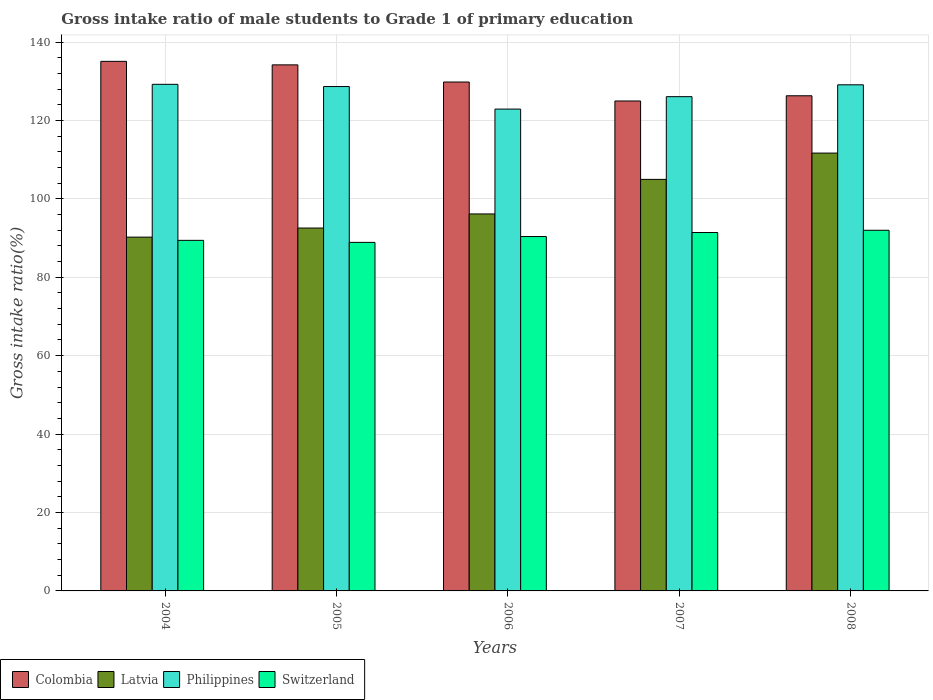
| Years | Colombia | Latvia | Philippines | Switzerland |
 | --- | --- | --- | --- | --- |
 | 2004 | 135 | 90.2 | 129 | 89.4 |
 | 2005 | 134 | 92.6 | 129 | 88.9 |
 | 2006 | 130 | 96.1 | 123 | 90.4 |
 | 2007 | 125 | 105 | 126 | 91.4 |
 | 2008 | 126 | 112 | 129 | 92 |